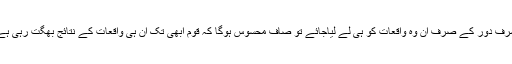
مشرف دور کے صرف ان وہ واقعات کو ہی لے لیاجائے تو صاف محسوس ہوگا کہ قوم ابھی تک ان ہی واقعات کے نتائج بھگت رہی ہے ۔